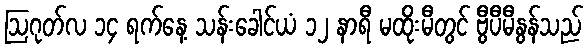
ဩဂုတ်လ ၁၄ ရက်နေ့ သန်းခေါင်ယံ ၁၂ နာရီ မထိုးမီတွင် ဗွီပီမီနွန်သည်